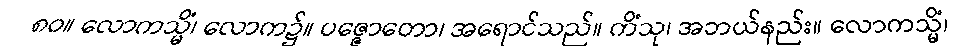
၈၀။ လောကသ္မိံ၊ လောက၌။ ပဇ္ဇောတော၊ အရောင်သည်။ ကိံသု၊ အဘယ်နည်း။ လောကသ္မိံ၊